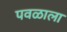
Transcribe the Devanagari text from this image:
पवळाला